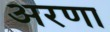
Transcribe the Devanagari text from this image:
अरणा